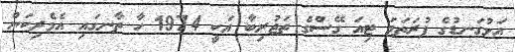
އަޅުގަނޑުގެ ފުރަތަމަ ޓިއަ ގޭސްގެ ތަޖުރިބާ އަކީ 1974 ހާ ތާނގައި އެމެރިކަން